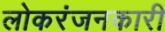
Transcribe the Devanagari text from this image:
लोकरंजनकारी